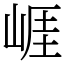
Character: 崕